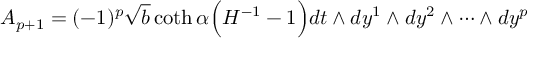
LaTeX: A _ { p + 1 } = ( - 1 ) ^ { p } \sqrt { b } \coth \alpha \Big ( H ^ { - 1 } - 1 \Big ) d t \wedge d y ^ { 1 } \wedge d y ^ { 2 } \wedge \cdots \wedge d y ^ { p }